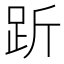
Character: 𧿧